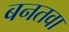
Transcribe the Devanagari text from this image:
बनतवा